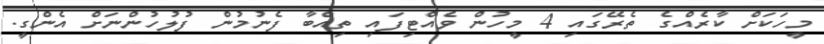
މީހަކަށް ކާރެއްގެ ތެރޭގައި 4 މީހުން ވެއްޓިފައި ތިއްބާ ފެނުމުން ފުލުހުންނަށް އެންގީ.